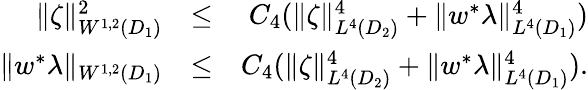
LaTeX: \begin{array}{rlr}{\| \zeta\| _{W^{1,2}(D_{1})}^{2}}&{\leq}&{C_{4}(\| \zeta\| _{L^{4}(D_{2})}^{4}+\| w^{*}\lambda\| _{L^{4}(D_{1})}^{4})}\\ {\| w^{*}\lambda\| _{W^{1,2}(D_{1})}}&{\leq}&{C_{4}(\| \zeta\| _{L^{4}(D_{2})}^{4}+\| w^{*}\lambda\| _{L^{4}(D_{1})}^{4}).}\end{array}